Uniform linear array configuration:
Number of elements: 16
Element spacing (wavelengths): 1
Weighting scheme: hamming
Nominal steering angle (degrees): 0
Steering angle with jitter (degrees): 1.541
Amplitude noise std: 0.05
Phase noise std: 0.05

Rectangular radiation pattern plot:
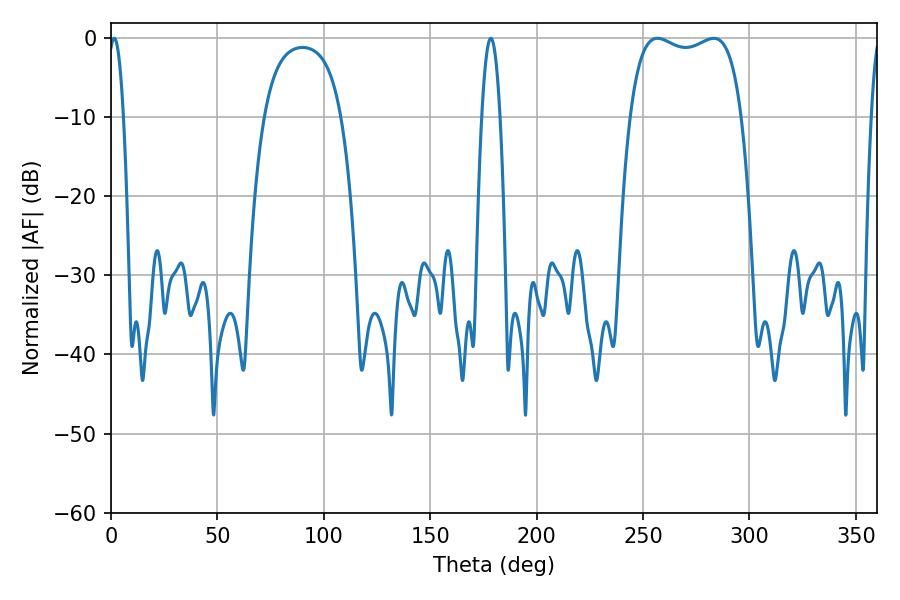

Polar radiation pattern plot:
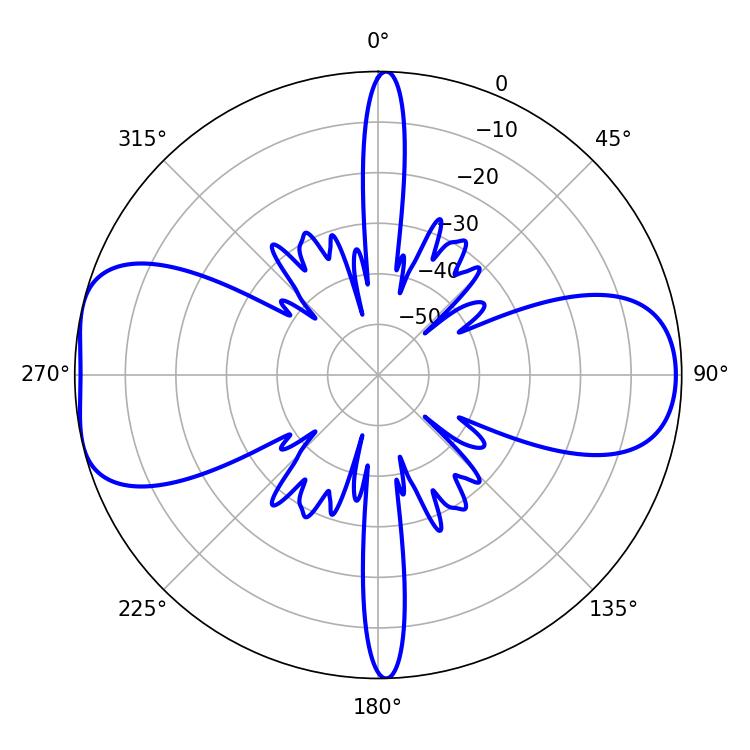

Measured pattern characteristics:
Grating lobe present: TRUE
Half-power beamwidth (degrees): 42.48
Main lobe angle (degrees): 256.68